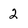
Character: 2